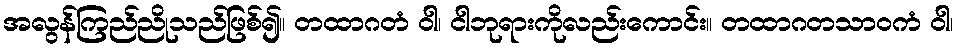
အလွန်ကြည်ညိုသည်ဖြစ်၍။ တထာဂတံ ဝါ၊ ငါဘုရားကိုလည်းကောင်း။ တထာဂတသာဝကံ ဝါ၊